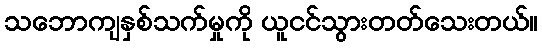
သဘောကျနှစ်သက်မှုကို ယူငင်သွားတတ်သေးတယ်။